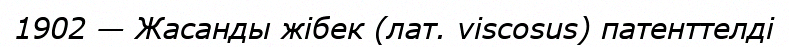
1902 — Жасанды жібек (лат. viscosus) патенттелді